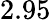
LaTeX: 2.95